Annual statistical returns and brief notes on vaccination in Bengal - 1896-1909
Year: 1896
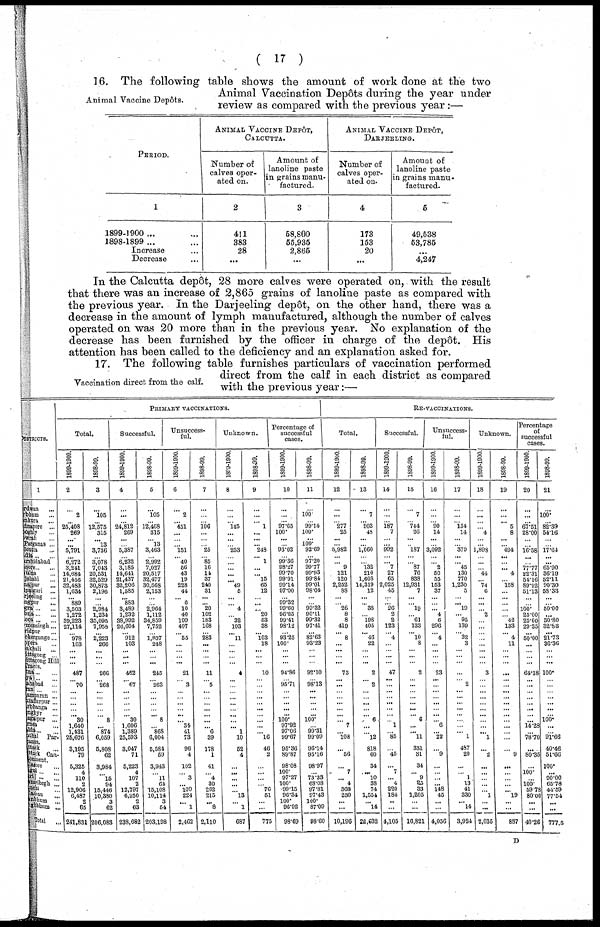
( 17 )
Animal Vaccine Depôts.
16. The following table shows the amount of work done at the two
Animal Vaccination Depôts during the year under
review as compared with the previous year:—
PERIOD.
1
1899-1900 ... ...
1898-1899 ... ...
Increase ...
Decrease ...
ANIMAL VACCINE DEPÔT,
CALCUTTA.
Number of
calves oper-
ated on.
2
411
383
28
...
Amount of
lanoline paste
in grains manu-
factured.
3
58,800
55,935
2,865
...
ANIMAL VACCINE DEPÔT,
DARJEELING.
Number of
calves oper-
ated on.
4
173
153
20
...
Amount of
lanoline paste
in grains manu-
factured.
5
49,538
53,785
...
4,247
In the Calcutta depôt, 28 more calves were operated on, with the result
that there was an increase of 2,865 grains of lanoline paste as compared with
the previous year. In the Darjeeling depôt, on the other hand, there was a
decrease in the amount of lymph manufactured, although the number of calves
operated on was 20 more than in the previous year. No explanation of the
decrease has been furnished by the officer in charge of the depôt. His
attention has been called to the deficiency and an explanation asked for.
Vaccination direct from the calf.
17. The following table furnishes particulars of vaccination performed
direct from the calf in each district as compared
with the previous year:—
DISTRICTS.
1
Burdvan ...
Birbhum ...
Bankura ...
Midnapore ...
Hooghly ...
Howrah
24-Parganas ...
Culcutta
Madia ... ...
Murshidabad
Jessore
Khulna ...
Rajshahi ...
Dinajpur ...
Jalpaiguri ...
Darjeeling ...
Rangpur ...
Bogra ...
Pabna ... ...
Dacca ... ...
Mymensingh ...
Faridpur ...
Bakergunge...
Tippera ...
Noakhali
...
Chittagong ...
Chittagong Hill
Tracts.
Patna ...
Gaya ... ...
Shahabad ...
Saran ...
Champaran ...
Muzaffarpur ...
Darbhanga ...
Mongyr ...
Bhagalpur ...
Purnea ...
Malda ...
Sonthal Par¬
ganas.
Cuttack ...
Cuttak Can¬
tonment.
Balasore ...
Angul ...
Puri ...
Hazaribagh ...
Ranchi ...
Palamau
...
Manbhum ...
Singbhum ...
Total ...
PRIMARY VACCINATIONS.
Total.
1899-1900.
2
...
2
... 25,408
269
...
... 5,791
... 6,272
3,241
14,684
21,456
32,483
1,634
... 889
3,503
1,272
39,223
27,114
... 978
103
...
... ...
487
... 70
...
... ... ...
... 30
1,640
1,431
25,676
3,195
79
5,325
4
110
2
12,906
6,487
2
65
241,831
1898-99.
3
...
105
... 12,575
315
... 13
3,736
... 3,078
7,043
20,531
32,529
30,873
2,196
... ... 2,984
1,234
35,095
7,958
... 2,223
266
...
...
...
266
... 268
...
... ... ...
... 8
... 874
6,059
5,808
62
3,984
... 15
94
15,446
10,380
3
62
206,083
Successful.
1899-1900.
4
...
...
... 24,812
269
...
... 5,387
... 6,232
3,185
14,641
21,437
32,206
1,585
... 883
3,489
1,232
38,992
26,604
... 912
103
...
... ...
462
... 67
...
... ... ...
... 30
1,606
1,389
25,593
3,047
71
5,223
4
107
2
12,797
6,250
2
63
238,682
1898-99.
5
...
105
... 12,468
315
... 13
3,463
... 2,992
7,027
20,517
32,477
30,568
2,153
... ... 2,964
1,112
34,859
7,752
... 1,837
248
...
... ...
245
... 263
...
... ... ...
... 8
... 868
6,004
5,584
59
3,943
... 11
64
15,108
10,114
3
54
203,198
Unsuccess-
ful.
1899-1900.
6
...
2
... 451
...
... ... 151
... 40
56
43
19
228
44
... 6
10
40
199
407
... 55
...
...
... ...
21
... 3
...
... ... ...
...
... 34
41
73
96
4
102
... 3
... 109
224
... 1
2,462
1898-99.
7
...
...
... 106
...
...
... 25
... 85
16
14
37
240
31
... ... 20
102
183
168
...
283
...
...
... ...
11
... 5
...
... ... ...
... ...
... 6
39
178
1
41
... 4
30
262
215
... 8
2,110
Unknown.
1899-1900.
8
...
...
... 145
...
...
... 253
...
...
...
...
... 49
5
...
... 4
... 32
103
... 11
...
...
...
...
4
...
...
...
... ... ...
... ...
... 1
10
52
4
...
... ...
... ... 13
... 1
687
1898-99.
9
...
...
... 1
...
... ... 248
... 1
...
... 15
65
12
... ... ... 20
53
38
... 103
18
...
...
...
10
...
...
...
... ... ...
...
... ...
... 16
46
2
... ...
...
... 76
51
...
...
775
Percentage of
successful
cases.
1899-1900.
10
...
...
... 97.05
100.
...
... 93.02
... 99.36
98.27
99.70
99.91
99.14
97.00
... 99.32
99.60
96.85
99.41
98.12
... 93.25
100.
... ... ...
94.86
... 95.71
...
... ... ...
...
100.
97.92
97.06
99.67
95.36
89.87
98.08
100.
97.27
100.
99.15
96.34
100.
96.92
98.69
1898-99.
11
...
100.
... 99.14
100.
...
100.
92.69
... 97.20
99.77
99.93
99.84
99.01
98.04
...
... 99.32
90.11
99.32
97.41
...
82.63
93.23
... ...
...
92.10
... 98.13
...
... ... ...
...
100.
... 99.31
99.09
96.14
95.16
98.97
... 73.33
68.08
97.81
97.43
100.
87.09
98.60
RE-VACCINATIONS.
Total.
1899-1900.
12
...
...
... 277
25
...
... 5,982
...
... 9
121
120
2,252
88
... ... 26
8
8
419
... 8
...
...
... ...
73
...
...
...
... ... ... ...
... 7
... 108
...
56
... 7
... 4
308
230
... ...
10,196
1898-99.
13
...
7
... 903
43
... ...
1,060
...
... 132
210
1,608
14,319
12
...
... 38
... 198
405
... 46
22
...
... ...
2
... 2
...
... ... ...
... 6
...
... 12
818
60
34
... 10
38
74
1,554
... 14
20,632
Successful.
1899-1900.
14
...
...
... 187
7
...
...
992
...
... 7
27
65
2,025
45
... ... 26
2
2
123
... 4
...
...
...
...
47
...
...
...
... ... ...
...
... 1
... 85
...
45
... 7
... 4
220
184
...
...
4,105
1898-99.
15
...
7
... 744
26
...
... 187
...
... 87
76
838
12,931
7
...
... 19
... 61
133
... 10
8
...
... ...
2
...
...
...
... ... ... ... 6
...
... 11
331
31
34
... 9
25
33
1,205
... ...
10,821
Unsuccess-
ful.
1899-1900.
16
...
...
... 90
14
...
... 3,092
...
... 2
50
55
153
37
... ...
... 4
6
296
... 4
...
...
...
...
23
...
...
...
... ... ...
...
... 6
... 22
...
9
...
...
...
...
148
45
...
...
4,056
1898-99.
17
...
...
... 154
14
...
... 370
...
... 45
130
770
1,230
5
... ... 19
... 95
139
... 32
3
...
... ...
...
... 2
...
... ... ...
...
...
... ... 1
487
20
...
... 1
13
41
330
... 14
3,924
Unknown.
1899-1900.
18
...
...
...
... 4
...
... 1,898
...
...
... 44
... 74
6
...
...
... 2
...
...
... ...
...
...
...
...
3
...
...
...
... ... ...
...
...
...
... 1
...
2
...
...
...
...
... 1
...
...
2,035
1898-99.
19
...
... ... 5
8
...
... 494
...
...
... 4
... 158
...
... ...
...
... 42
133
... 4
11
...
... ...
...
... ...
...
... ... ... ...
...
...
...
...
...
9
...
...
...
... ... 19
... ...
887
Percentage
of
successful
cases.
1899-1900.
20
...
...
... 67.51
28.00
...
... 16.58
...
... 77.77
22.31
54.16
89.92
51.13
... ... 100.
25.00
25.00
29.35
...
50.00
...
...
...
...
64.38
...
...
...
... ... ... ... ...
14.28
...
78.70
...
80.35
... 100.
... 100.
59.78
80.00
...
...
40.26
1898-99.
21
...
100.
...
82.39
54.16
...
... 17.64
...
...
65.90
36.19
52.11
90.30
58.33
...
... 50.00
...
30.80
32.83
...
21.73
30.36
...
...
...
100.
...
...
...
... ... ...
...
100.
...
91.66
40.46
51.66
100.
... 90.00
65.78
44.59
77.54
...
...
777.5
D